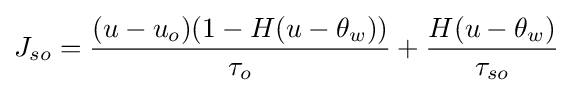
J_{so}={\frac {(u-u_{o})(1-H(u-\theta _{w}))}{\tau _{o}}}+{\frac {H(u-\theta _{w})}{\tau _{so}}}